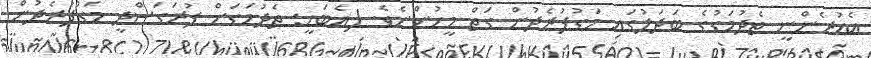
އެއުރެންނީ ތެދުމަގުގެ ބަދަލުގައި މަގުފުރެދުން ގަތް މީހުންނެވެ. (އެބަހީ: ތެދުމަގަށް ފުރަގަސްދީ މަގުފުރެދުން